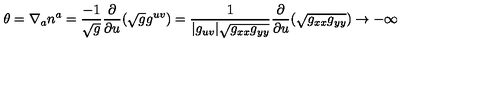
\theta = \nabla _ { a } n ^ { a } = { \frac { - 1 } { \sqrt { g } } } { \frac { \partial } { \partial u } } { ( \sqrt { g } g ^ { u v } ) } = { \frac { 1 } { | g _ { u v } | \sqrt { g _ { x x } g _ { y y } } } } { \frac { \partial } { \partial u } } { ( \sqrt { g _ { x x } g _ { y y } } ) } \to - \infty